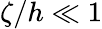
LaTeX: \zeta/h\ll 1